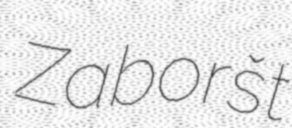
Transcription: Zaboršt